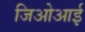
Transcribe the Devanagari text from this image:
जिओआई